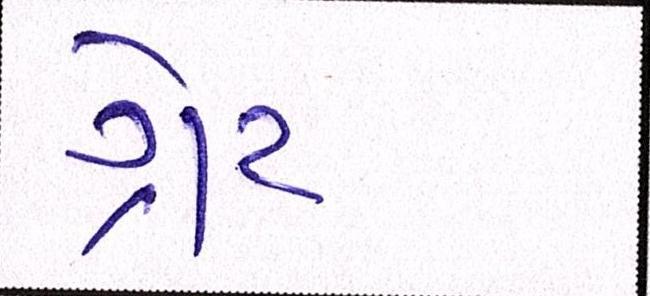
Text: ગ્રેટ